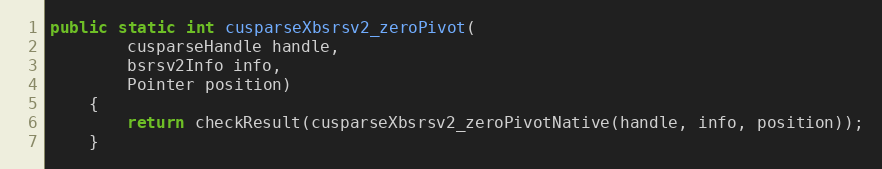
Language: Java
public static int cusparseXbsrsv2_zeroPivot(
        cusparseHandle handle,
        bsrsv2Info info,
        Pointer position)
    {
        return checkResult(cusparseXbsrsv2_zeroPivotNative(handle, info, position));
    }